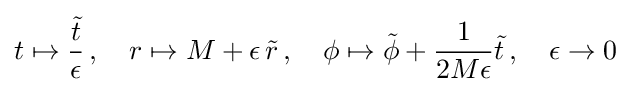
t\mapsto {\frac {\tilde {t}}{\epsilon }}\,,\quad r\mapsto M+\epsilon \,{\tilde {r}}\,,\quad \phi \mapsto {\tilde {\phi }}+{\frac {1}{2M\epsilon }}{\tilde {t}}\,,\quad \epsilon \to 0